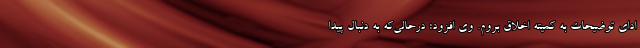
ادای توضیحات به کمیته اخلاق بروم. وی افزود: درحالی‌که به دنبال پیدا